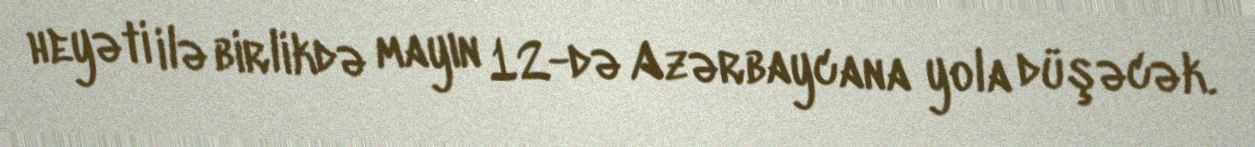
heyəti ilə birlikdə mayın 12-də Azərbaycana yola düşəcək.